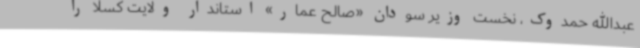
عبدالله حمدوک، نخست وزیر سودان «صالح عمار» استاندار ولایت کسلا را